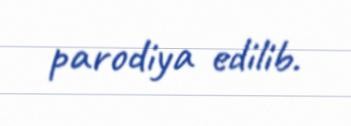
parodiya edilib.